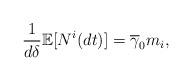
LaTeX: \begin{align*}\frac{1}{d\delta}\mathbb{E}[N^{i}(dt)]=\overline{\gamma}_{0}m_{i},\end{align*}